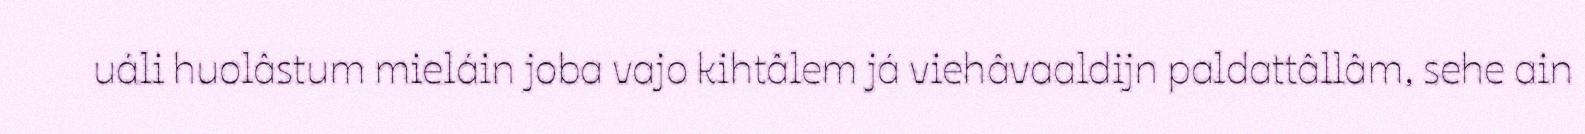
uáli huolâstum mieláin joba vajo kihtâlem já viehâvaaldijn paldattâllâm, sehe ain